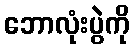
ဘောလုံးပွဲကို